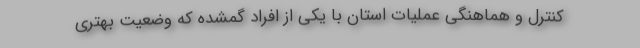
کنترل و هماهنگی عملیات استان با یکی از افراد گمشده که وضعیت بهتری